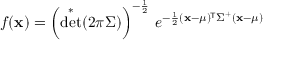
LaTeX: f ( \mathbf { x } ) = \left( \det ^ { * } ( 2 \pi { \boldsymbol { \Sigma } } ) \right) ^ { - { \frac { 1 } { 2 } } } \, e ^ { - { \frac { 1 } { 2 } } ( \mathbf { x } - { \boldsymbol { \mu } } ) ^ { \! { \mathsf { T } } } { \boldsymbol { \Sigma } } ^ { + } ( \mathbf { x } - { \boldsymbol { \mu } } ) }